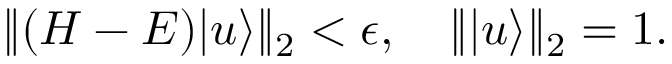
\begin{array} { r } { \| ( H - E ) | u \rangle \| _ { 2 } < \epsilon , \quad \| | u \rangle \| _ { 2 } = 1 . } \end{array}